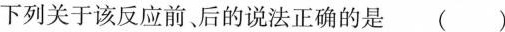
下列关于该反应前，后的说法正确的是( )